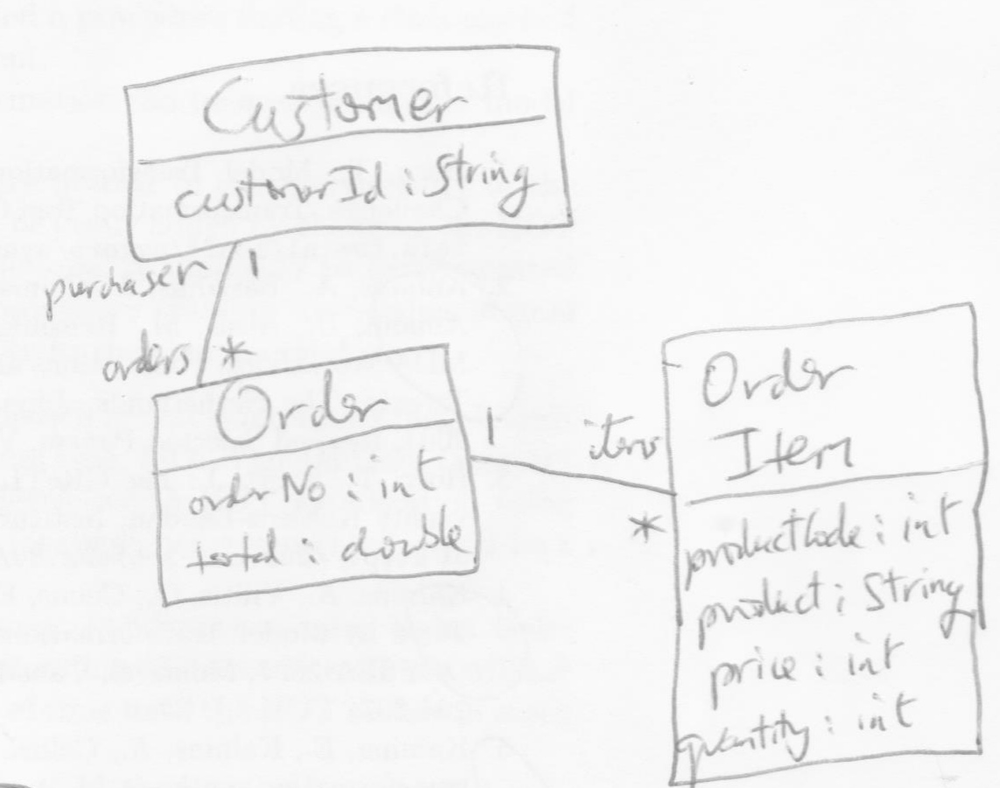
Diagram type: class_diagram
```plantuml
@startuml

class Customer {
  customerId: String
}

class Order {
  orderNo: int
  total: double
}

class OrderItem {
  productCode: int
  product: String
  price: int
  quantity: int
}

Customer "purchaser *" -down- "orders *" Order
Order "1" -- "items *" OrderItem

@enduml
```